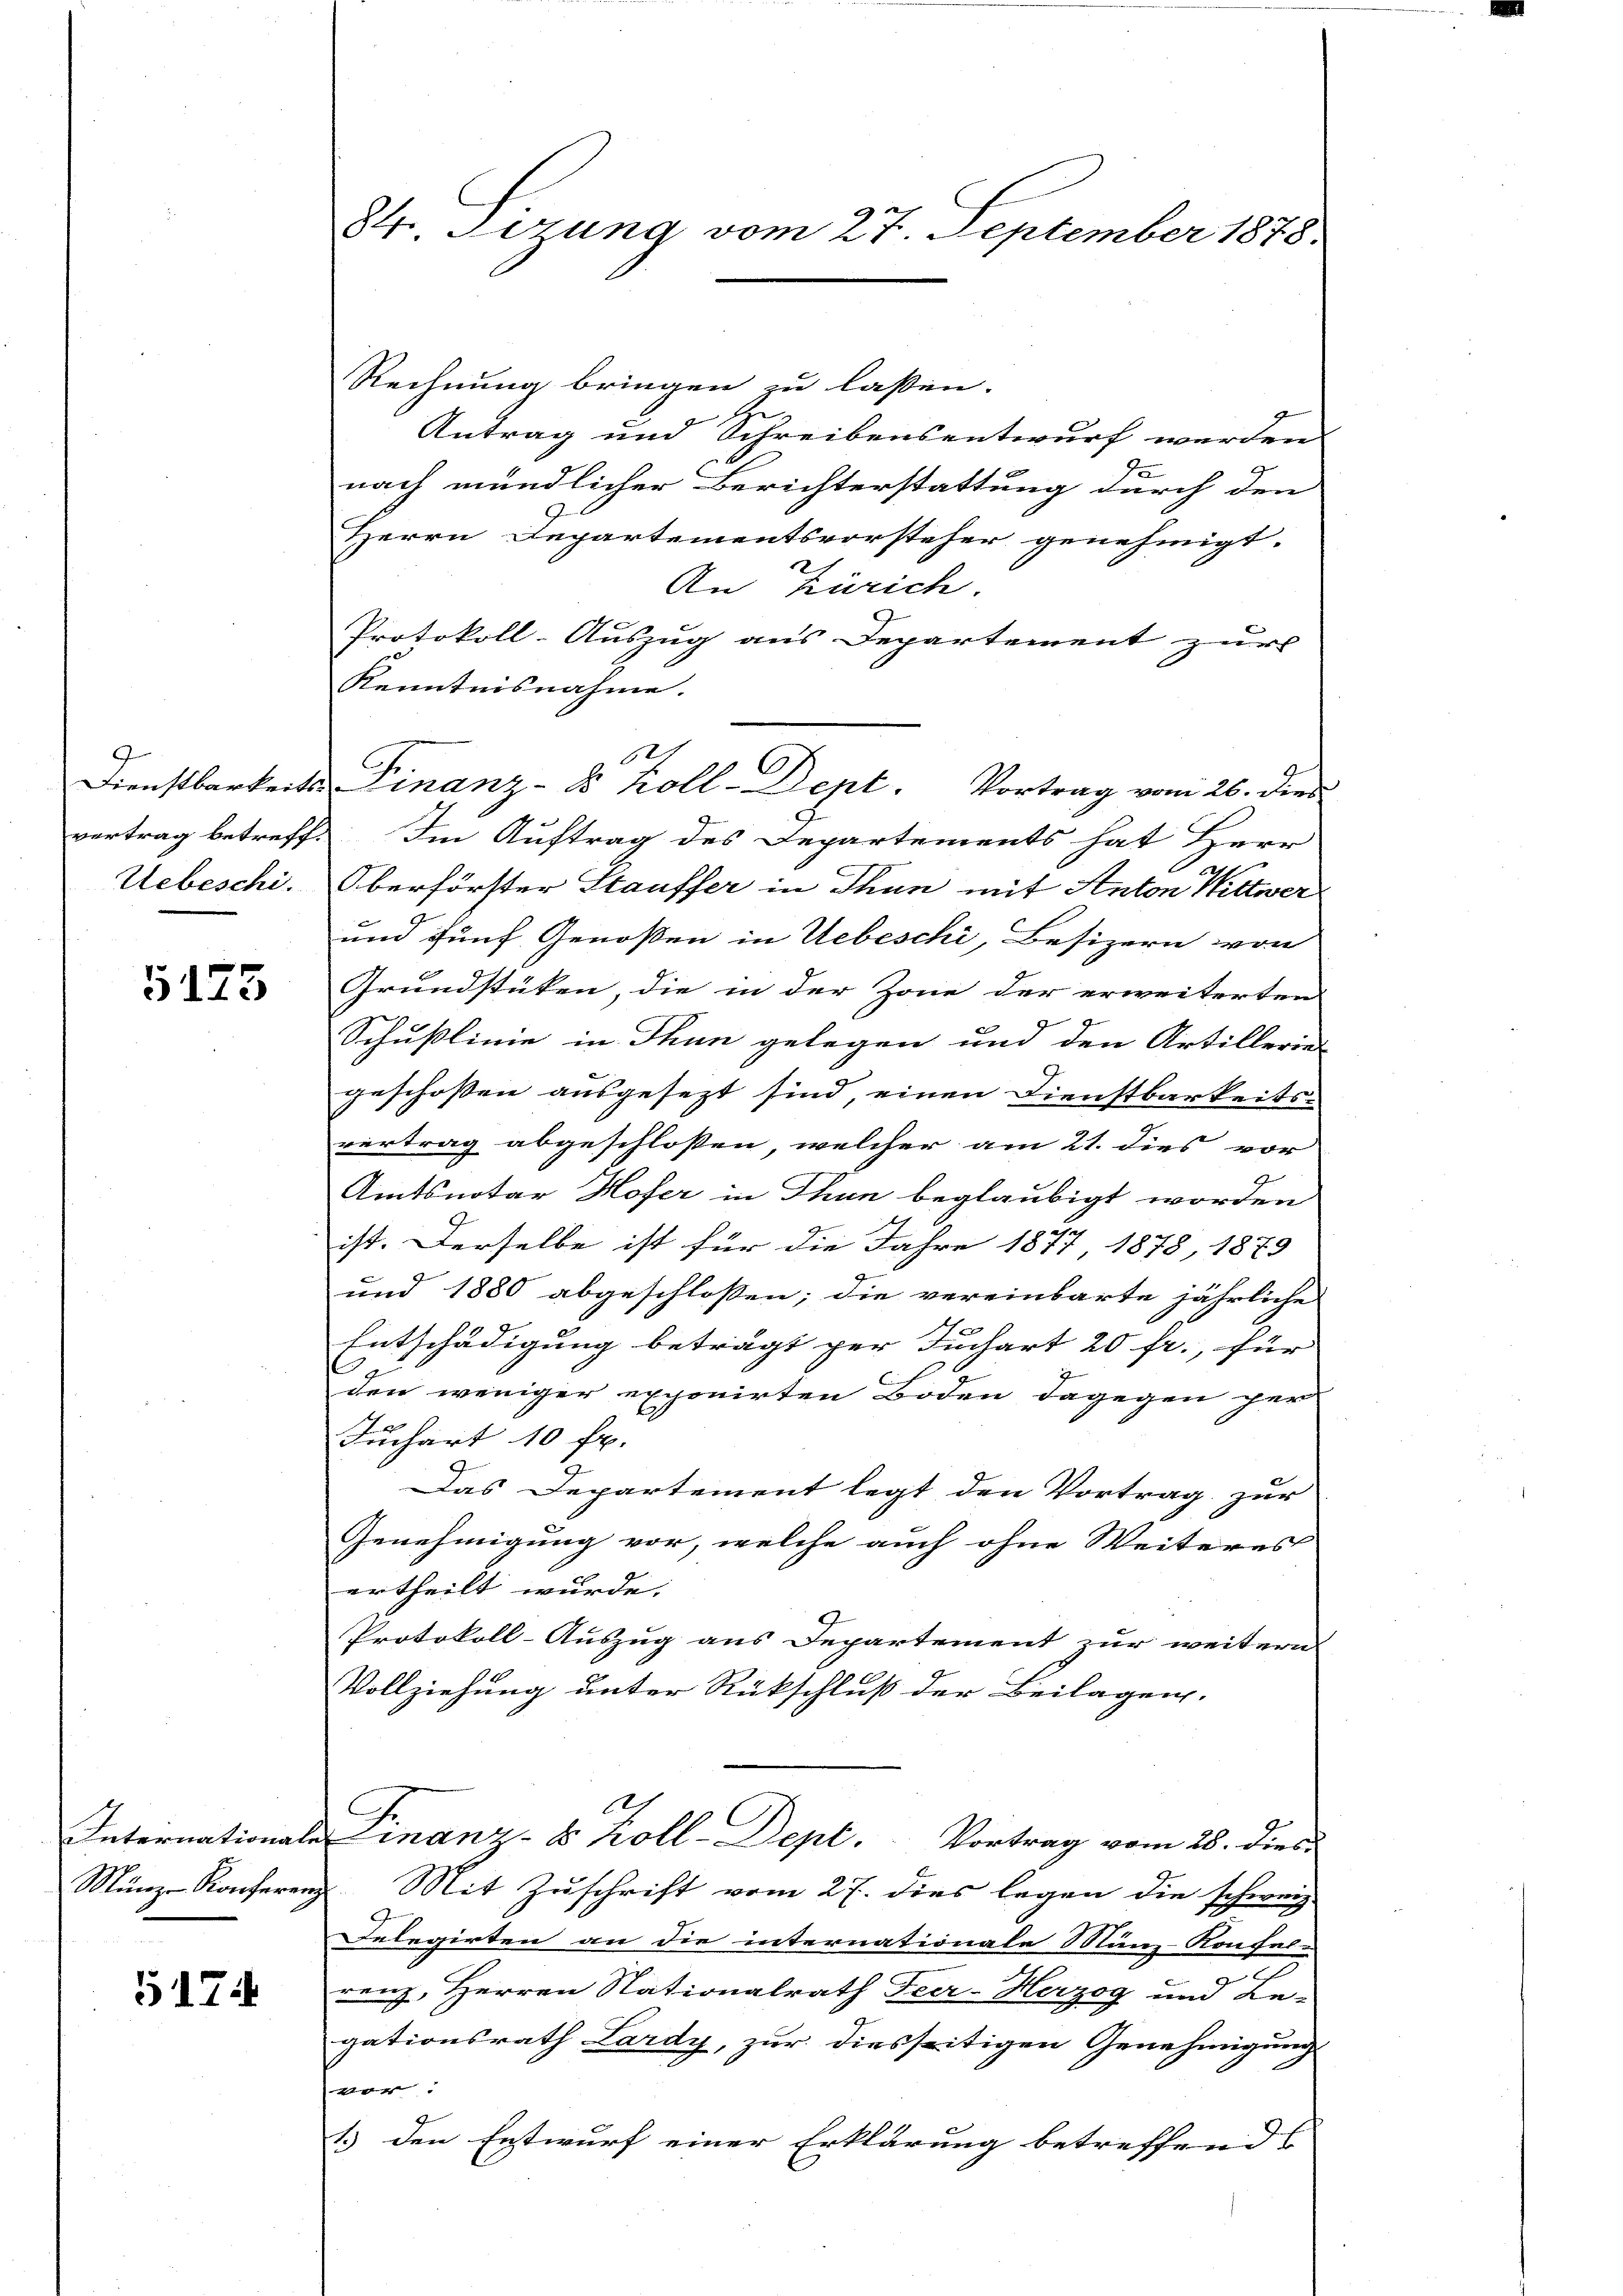
9

5173

5174

Rechnung bringen zu lassen.
Antrag und Schreibensentwurf werden
nach mündlicher Berichterstattung durch den
Herrn Departementsvorsteher genehmigt.
An Zürich.
Protokoll-Auszug aus Departement zur
Kenntnisnahme.
vertrag betreffe. Im Auftrag des Departements hat Herr
Uebeschi. Oberförster Stauffer in Thun mit Anton Wittwer
und fünf Genoßen in Uebeschi, Besizern von
Grundstüken, die in der Zone der erweiterten
d
Schußlinie in Thun gelegen und den Artillerie
geschossen ausgesezt sind, einen Dienstbarkeits-
vertrag abgeschlossen, welcher am 21. dies vor
Amtsnotar Hofer in Thun beglaubigt worden
ist. Derselbe ist für die Jahre 1877 1878, 1879
und 1880 abgeschlossen; die vereinbarte jährliche
Entschädigung beträgt per Juchart 20 fr., für
den weniger exponirten Boden dagegen per
Juchart 10 fr.
Das Departement legt den Vortrag zur
Genehmigung vor, welche auch ohne Weiteres
ertheilt wurde.
Protokoll-Auszug aus Departement zur weitern
Vollziehung unter Rückschluß der Beilagen.
l.
Internationale Finanz-S koll-Dept. Vortrag vom 28. dies
Münz-Konferenz. Mit Zuschrift vom 27. dies legen die schweiz
Felegirten an die internationale Münz-Konfel-
e
renz, Herren Nationalrath Feer-Herzog und Be-
gationsrath Lardy, zur diesseitigen Genehmigung
t
1.) den Entwurf einer Erklärung betreffend |

84. Sizung vom 27. September 1878.

6
Dienstbarkeits Finanz-S koll-Dept. Vortrag vom 26. dies